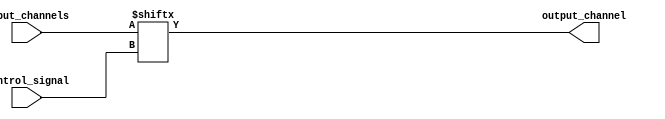
module Multiplexer_1024to1 (
    input [1023:0] input_channels,
    input [9:0] control_signal,
    output output_channel
);

assign output_channel = input_channels[control_signal];

endmodule